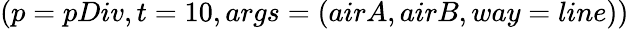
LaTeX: (p=pDiv,t=10,args=(airA,airB,way=line))